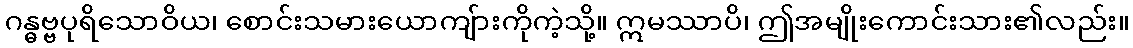
ဂန္ဓဗ္ဗပုရိသောဝိယ၊ စောင်းသမားယောကျ်ားကိုကဲ့သို့။ ဣမဿာပိ၊ ဤအမျိုးကောင်းသား၏လည်း။